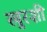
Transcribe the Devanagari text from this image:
खुरशी